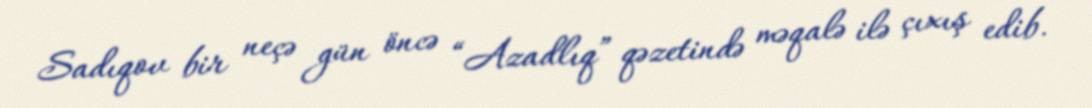
Sadıqov bir neçə gün öncə “Azadlıq” qəzetində məqalə ilə çıxış edib.